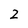
Character: 2